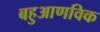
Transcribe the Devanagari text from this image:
बहुआणविक